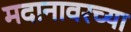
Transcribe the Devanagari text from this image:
मदानावरच्या